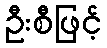
ဦးစီဖြင့်